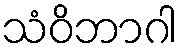
သံဝိဘာဂါ